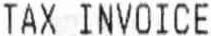
TAX INVOICE